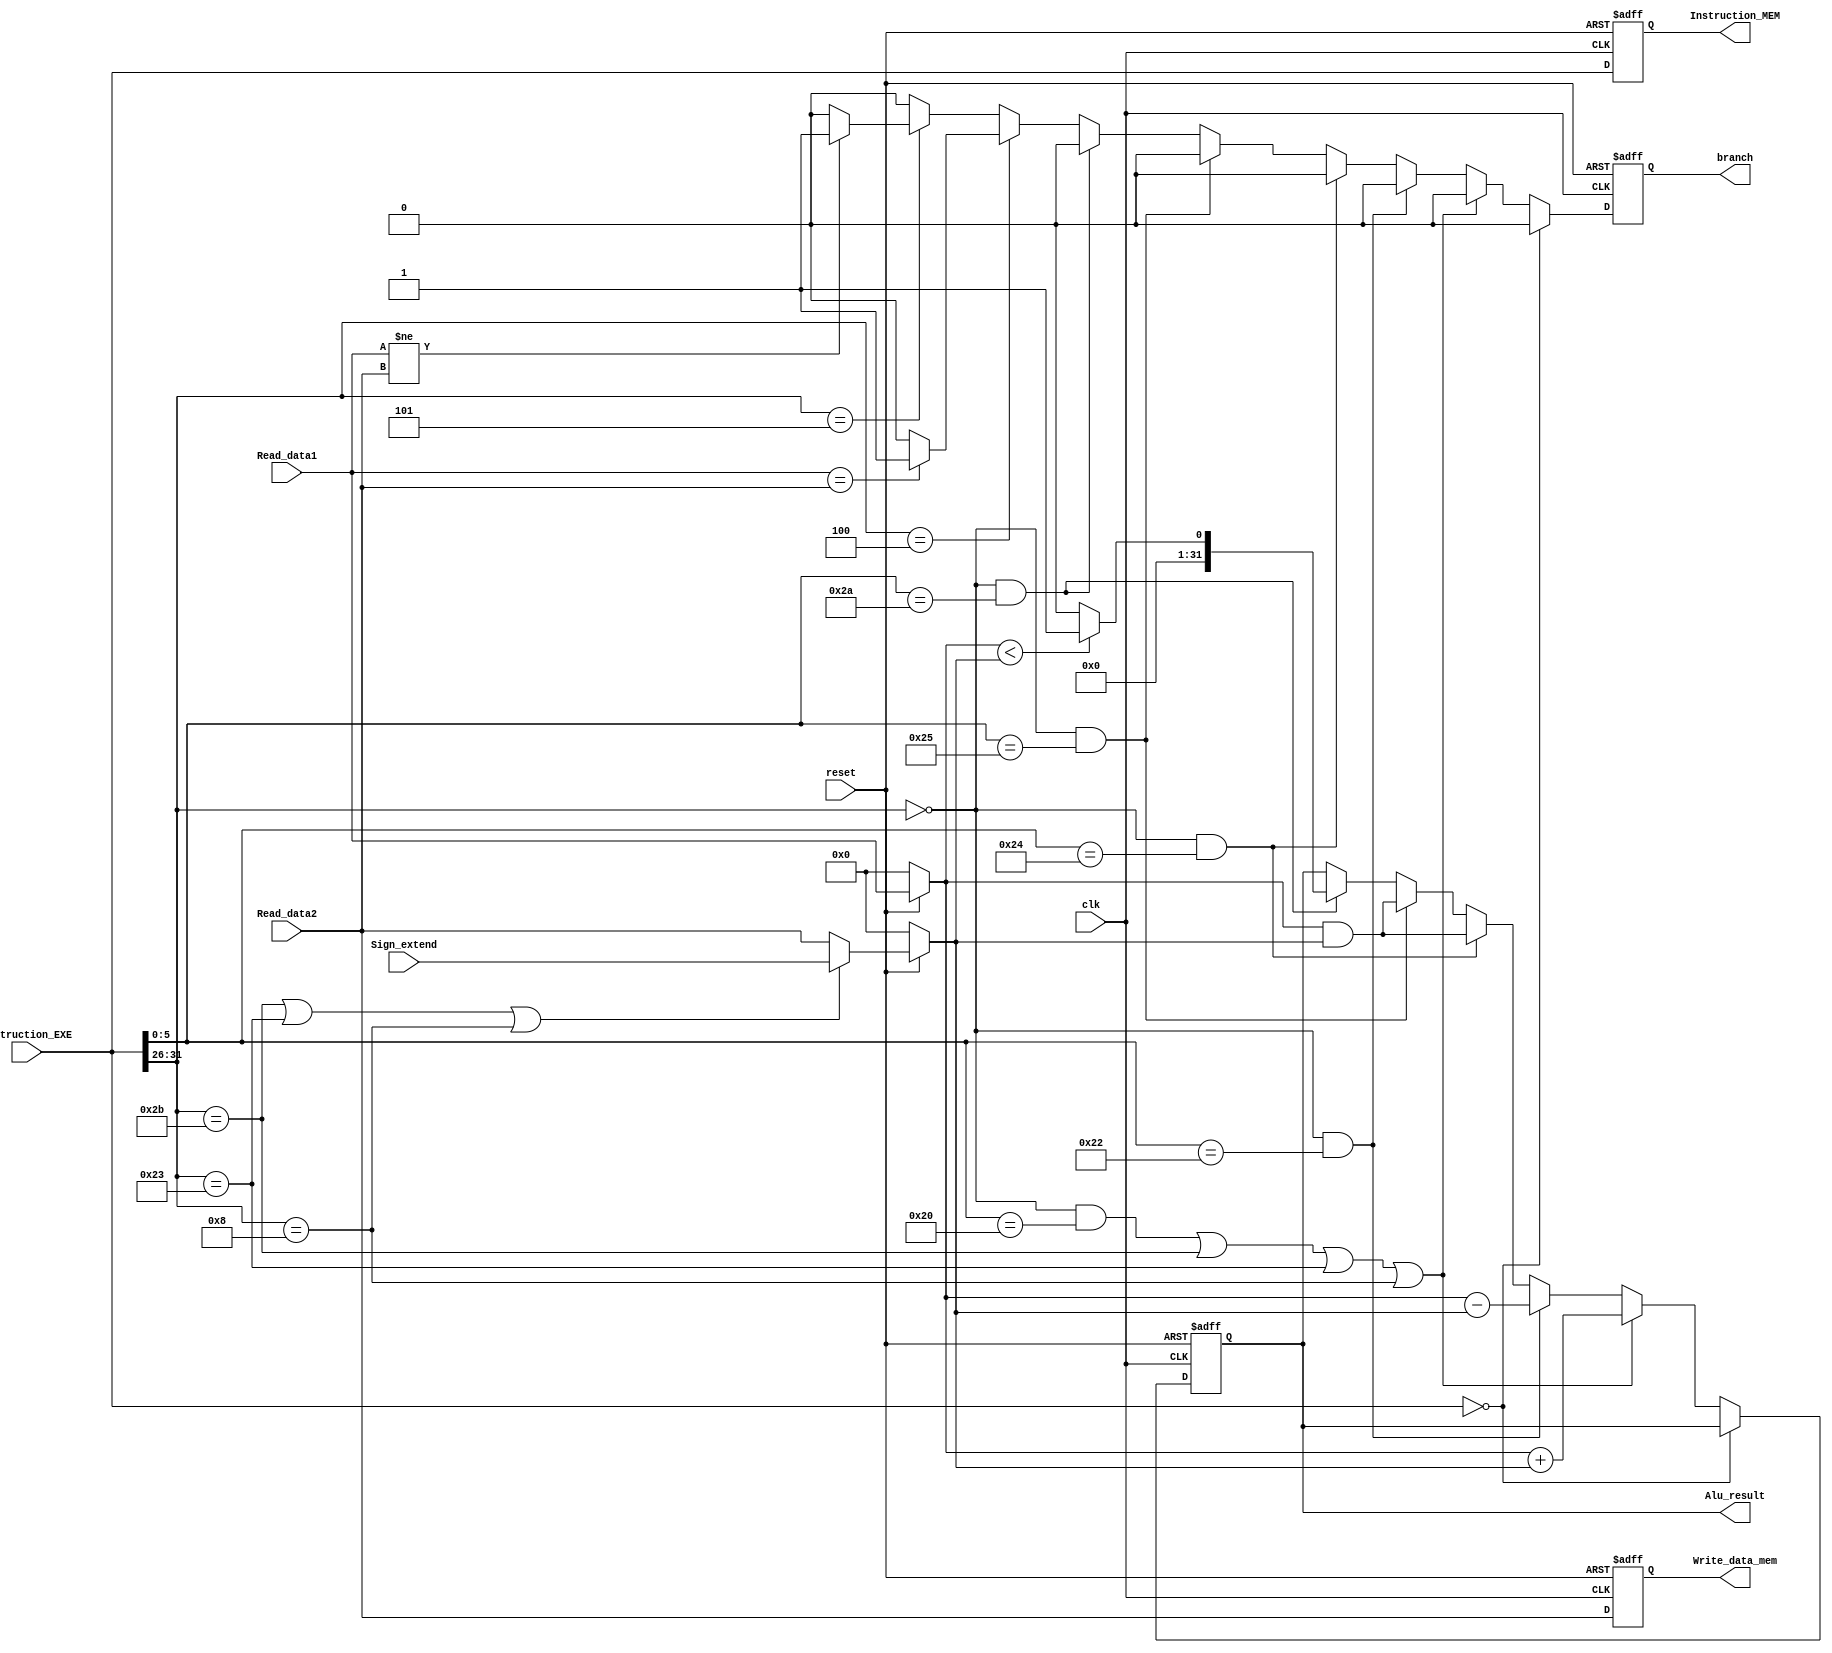
`timescale 1ns / 1ps
//////////////////////////////////////////////////////////////////////////////////
// Company: 
// Engineer: 
// 
// Design Name: 
// Module Name: EXE
// Project Name: 
// Target Devices: 
// Tool Versions: 
// Description: 
// 
// Dependencies: 
// 
// Revision:
// Revision 0.01 - File Created
// Additional Comments:
// 
//////////////////////////////////////////////////////////////////////////////////


module EXE(clk, reset, Read_data1, Read_data2, Instruction_EXE, Alu_result, Instruction_MEM, Write_data_mem, Sign_extend, branch);

input clk,reset;
input signed [31:0] Read_data1,Read_data2;
input [31:0] Instruction_EXE;
input [31:0] Sign_extend;

output reg branch;
output reg [31:0] Instruction_MEM;
output reg signed [31:0] Alu_result;
output reg signed [31:0] Write_data_mem;

reg signed [31:0] Alu_input1, Alu_input2;

always @(*)
begin
    if(!reset)
    begin
        Alu_input1<=32'd0;
        Alu_input2<=32'd0;
    end
    else
    begin
        Alu_input1<=Read_data1;
        if((Instruction_EXE[31:26]==6'd43)||(Instruction_EXE[31:26]==6'd35)||(Instruction_EXE[31:26]==6'd8))//sw lw addi
            Alu_input2<=Sign_extend;
        else
            Alu_input2<=Read_data2;
    end   
end

always @(posedge clk or negedge reset)
begin
    if(!reset)
    begin
        Write_data_mem<=32'd0;
	    Instruction_MEM<=32'd0;
	    Alu_result<=32'b0;
	    branch<=0;
    end
    else
    begin
        Write_data_mem<=Read_data2;
        Instruction_MEM<=Instruction_EXE;
        if(Instruction_EXE==32'd0)
        begin
            Alu_result<=Alu_result;
			branch<=0;
        end
        else if((Instruction_EXE[31:26]==6'd0)//rtype
              &&(Instruction_EXE[5:0]==6'b100000)//add
              ||(Instruction_EXE[31:26]==6'd43)//sw
              ||(Instruction_EXE[31:26]==6'd35)//lw
              ||(Instruction_EXE[31:26]==6'd8))//addi
        begin
            Alu_result<=Alu_input1+Alu_input2;
            branch<=0;
        end
        else if((Instruction_EXE[31:26]==6'd0)//rtype
              &&(Instruction_EXE[5:0]==6'b100010))//sub
        begin
            Alu_result<=Alu_input1-Alu_input2;
            branch<=0;
        end
        else if((Instruction_EXE[31:26]==6'd0)//rtype
              &&(Instruction_EXE[5:0]==6'b100100))//and
        begin
            Alu_result<=Alu_input1&Alu_input2;
            branch<=0;
        end
        else if((Instruction_EXE[31:26]==6'd0)//rtype
              &&(Instruction_EXE[5:0]==6'b100101))//or
        begin
            Alu_result<=Alu_input1&Alu_input2;
            branch<=0;
        end
        else if((Instruction_EXE[31:26]==6'd0)//rtype
              &&(Instruction_EXE[5:0]==6'b101010))//slt
        begin
            branch<=0;
			if(Alu_input1<Alu_input2)
			    Alu_result<=32'd1;
			else
			    Alu_result<=32'd0; 
        end
        else if(Instruction_EXE[31:26]==6'b000100)//beq
        begin
            Alu_result<=Alu_result;
            if(Read_data1==Read_data2)
                branch<=1;
            else
                branch<=0;
        end
        else if(Instruction_EXE[31:26]==6'b000101)//bnq
        begin
            Alu_result<=Alu_result;
            if(Read_data1!=Read_data2)
                branch<=1;
            else
                branch<=0;
        end
        else//jump
        begin
            Alu_result<=Alu_result;
            branch<=0;
        end
    end
end

endmodule